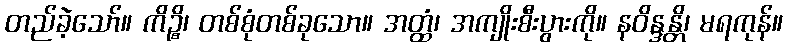
တည်ခဲ့သော်။ ကိဉ္စိ၊ တစ်စုံတစ်ခုသော။ အတ္ထံ၊ အကျိုးစီးပွားကို။ နဝိန္ဒန္တိ၊ မရကုန်။